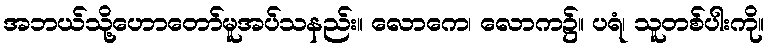
အဘယ်သို့ဟောတော်မူအပ်သနည်း။ လောကေ၊ လောက၌။ ပရံ၊ သူတစ်ပါးကို။